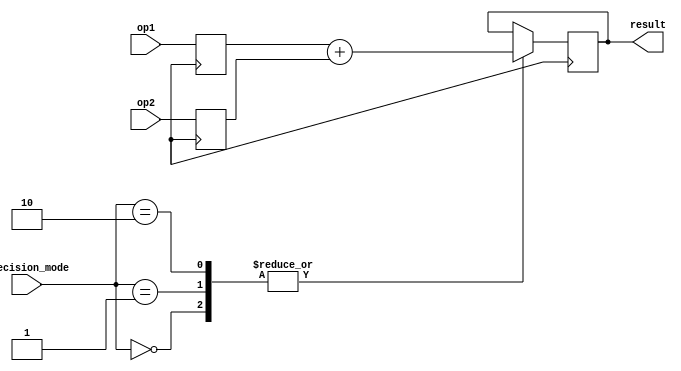
module mixed_precision_float_unit (
    input [31:0] op1,
    input [31:0] op2,
    input [1:0] precision_mode,
    output reg [31:0] result
);

reg [31:0] op1_reg, op2_reg;

always @ (posedge clk) begin
    op1_reg <= op1;
    op2_reg <= op2;

    case (precision_mode)
        2'b00: // Single precision
            begin
                // Add single precision arithmetic block here
                result <= op1_reg + op2_reg;
            end
        2'b01: // Double precision
            begin
                // Add double precision arithmetic block here
                result <= op1_reg + op2_reg;
            end
        2'b10: // Mixed precision
            begin
                // Add mixed precision arithmetic block here
                result <= op1_reg + op2_reg;
            end
    endcase
end

endmodule